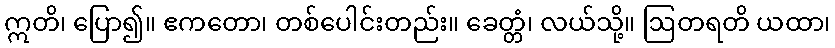
ဣတိ၊ ပြော၍။ ဧကတော၊ တစ်ပေါင်းတည်း။ ခေတ္တံ၊ လယ်သို့။ ဩတရတိ ယထာ၊